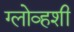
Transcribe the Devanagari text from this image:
ग्लोव्हशी